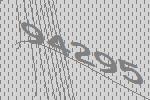
94295